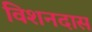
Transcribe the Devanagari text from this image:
विशनदास